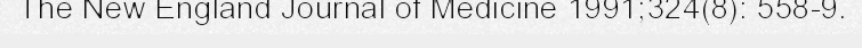
The New England Journal of Medicine 1991;324(8): 558-9.